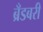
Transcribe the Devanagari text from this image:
ब्रँडबरी